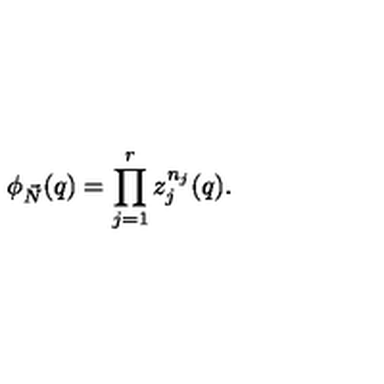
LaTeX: \phi _ { \vec { N } } ( q ) = \prod _ { j = 1 } ^ { r } z _ { j } ^ { n _ { j } } ( q ) .